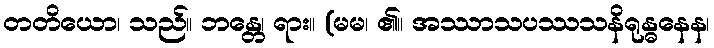
တတိယော၊ သည်။ ဘန္တေ၊ ရား။ (မမ၊ ၏။ အဿာသပဿသနိရုန္ဓနေန၊